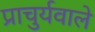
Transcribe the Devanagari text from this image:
प्राचुर्यवाले